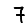
Digit: 7